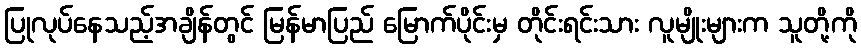
ပြုလုပ်နေသည့်အချိန်တွင် မြန်မာပြည် မြောက်ပိုင်းမှ တိုင်းရင်းသား လူမျိုးများက သူတို့ကို